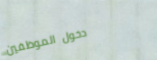
دخول الموظفين